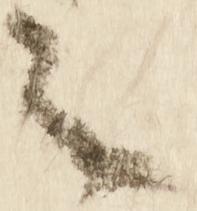
之